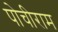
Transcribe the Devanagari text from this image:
पोचीराम